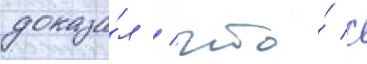
доказа́л / что́ с